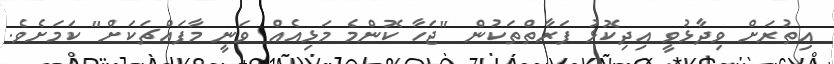
އިތުރަށް ވިދާޅުވީ އިދިކޮޅު ފަރާތްތަކުން "ޖަހާ ކޮންމެ މަޅިއެއް ވަނީ މާފައްޗަކަށް" ކަމަށެވެ.